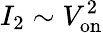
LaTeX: I_{2}\sim V_{\mathrm{on}}^{2}